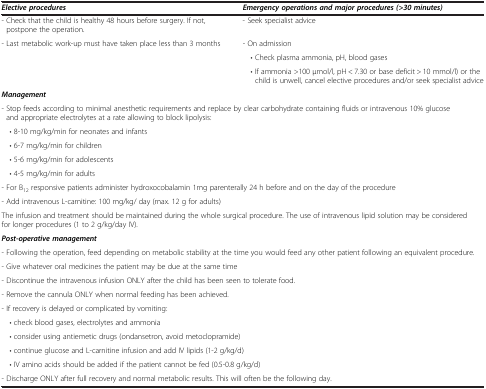
<table><thead><tr><td><b><i>Elective procedures</i></b></td><td><b><i>Emergency operations and major procedures (&gt;30 minutes)</i></b></td></tr></thead><tbody><tr><td>- Check that the child is healthy 48 hours before surgery. If not, postpone the operation.</td><td>- Seek specialist advice</td></tr><tr><td>- Last metabolic work-up must have taken place less than 3 months</td><td>- On admission</td></tr><tr><td></td><td> • Check plasma ammonia, pH, blood gases</td></tr><tr><td></td><td> • If ammonia &gt;100 μmol/l, pH &lt; 7.30 or base deficit &gt; 10 mmol/l) or the child is unwell, cancel elective procedures and/or seek specialist advice</td></tr><tr><td colspan="2"><b><i>Management</i></b></td></tr><tr><td colspan="2">- Stop feeds according to minimal anesthetic requirements and replace by clear carbohydrate containing fluids or intravenous 10% glucose and appropriate electrolytes at a rate allowing to block lipolysis:</td></tr><tr><td colspan="2"> • 8-10 mg/kg/min for neonates and infants</td></tr><tr><td colspan="2"> • 6-7 mg/kg/min for children</td></tr><tr><td colspan="2"> • 5-6 mg/kg/min for adolescents</td></tr><tr><td colspan="2"> • 4-5 mg/kg/min for adults</td></tr><tr><td colspan="2">- For B<sub>12</sub> responsive patients administer hydroxocobalamin 1mg parenterally 24 h before and on the day of the procedure</td></tr><tr><td colspan="2">- Add intravenous L-carnitine: 100 mg/kg/ day (max. 12 g for adults)</td></tr><tr><td colspan="2">The infusion and treatment should be maintained during the whole surgical procedure. The use of intravenous lipid solution may be considered for longer procedures (1 to 2 g/kg/day IV).</td></tr><tr><td colspan="2"><b><i>Post-operative management</i></b></td></tr><tr><td colspan="2">- Following the operation, feed depending on metabolic stability at the time you would feed any other patient following an equivalent procedure.</td></tr><tr><td colspan="2">- Give whatever oral medicines the patient may be due at the same time</td></tr><tr><td colspan="2">- Discontinue the intravenous infusion ONLY after the child has been seen to tolerate food.</td></tr><tr><td colspan="2">- Remove the cannula ONLY when normal feeding has been achieved.</td></tr><tr><td colspan="2">- If recovery is delayed or complicated by vomiting:</td></tr><tr><td colspan="2"> • check blood gases, electrolytes and ammonia</td></tr><tr><td colspan="2"> • consider using antiemetic drugs (ondansetron, avoid metoclopramide)</td></tr><tr><td colspan="2"> • continue glucose and L-carnitine infusion and add IV lipids (1-2 g/kg/d)</td></tr><tr><td colspan="2"> • IV amino acids should be added if the patient cannot be fed (0.5-0.8 g/kg/d)</td></tr><tr><td colspan="2">- Discharge ONLY after full recovery and normal metabolic results. This will often be the following day.</td></tr></tbody></table>